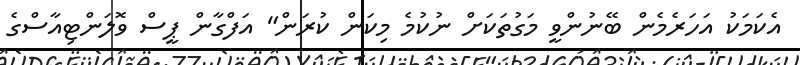
އެކަމަކު އަހަރެމެން ބޭނުންވީ މަގުތަކަށް ނުކުމެ މިކަން ކުރަން" އަފްގާން ޕީސް ވޮލަންޓިއާސްގެ